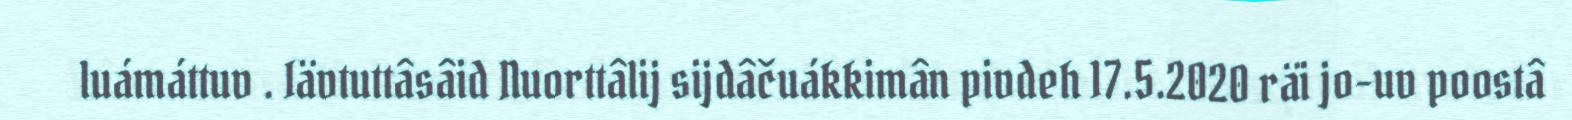
luámáttuv . Iävtuttâsâid Nuorttâlij sijdâčuákkimân pivdeh 17.5.2020 räi jo-uv poostâ